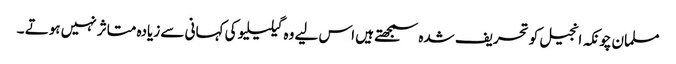
مسلمان چونکہ انجیل کو تحریف شدہ سمجھتے ہیں اس لیے وہ گیلیلیو کی کہانی سے زیادہ متاثر نہیں ہوتے ۔